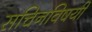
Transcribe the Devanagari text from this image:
सचिनविषयी